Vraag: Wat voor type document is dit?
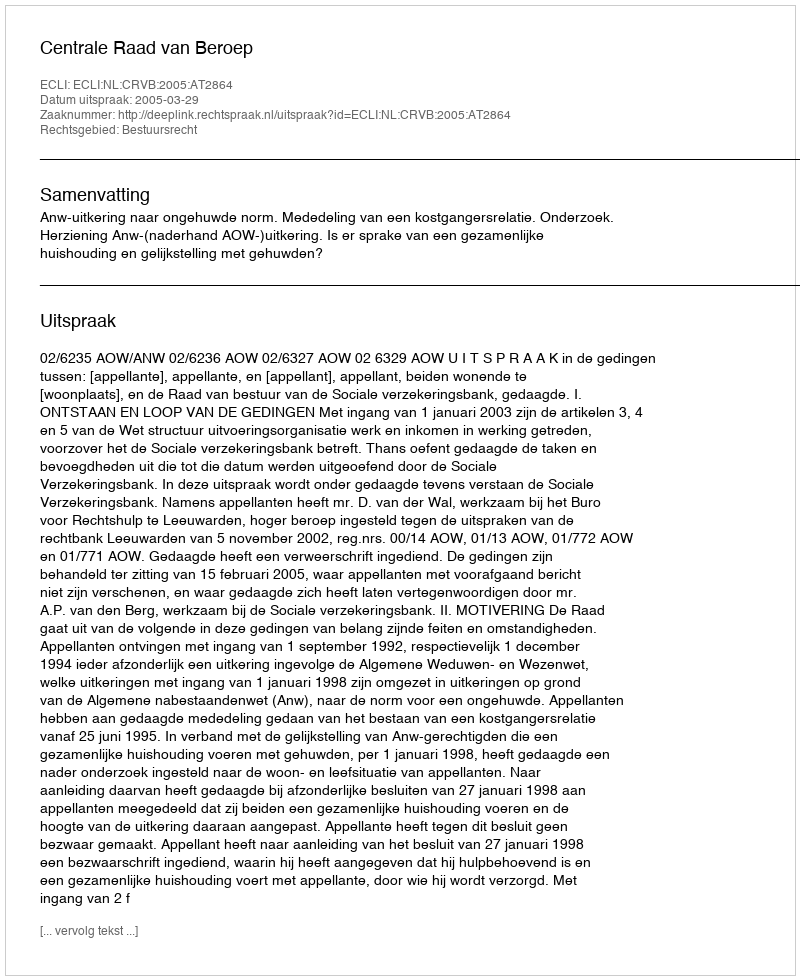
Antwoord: Uitspraak